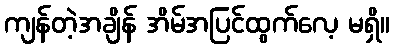
ကျန်တဲ့အချိန် အိမ်အပြင်ထွက်လေ့ မရှိ။